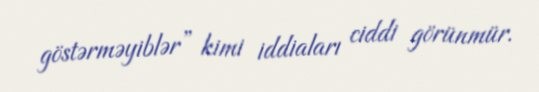
göstərməyiblər” kimi iddiaları ciddi görünmür.